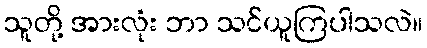
သူတို့ အားလုံး ဘာ သင်ယူကြပါသလဲ။